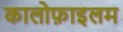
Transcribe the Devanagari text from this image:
कालोफ़ाइलम